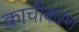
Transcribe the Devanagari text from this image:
काचीकरण